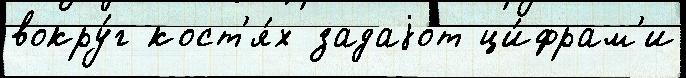
вокру́г кост'я́х задаjо́т ци́фрам'и